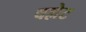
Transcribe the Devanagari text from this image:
वल्लेट